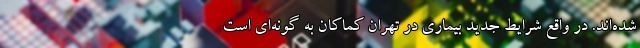
شده‌اند. در واقع شرایط جدید بیماری در تهران کماکان به گونه‌ای است